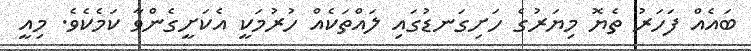
ބައެއް ފަހަރު ތެޔޮ މިޔަރުގެ ހަށިގަނޑުގައި ލައްތަކެއް ހުރުމަކީ އެކަށީގެންވާ ކަމެކެވެ. މިއީ